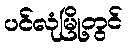
ပင်လုံမြို့တွင်